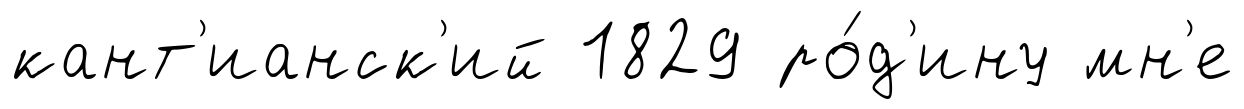
кант'ианск'ий 1829 ро́д'ину мн'е